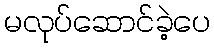
မလုပ်ဆောင်ခဲ့ပေ